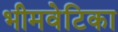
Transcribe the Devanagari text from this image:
भीमवेटिका